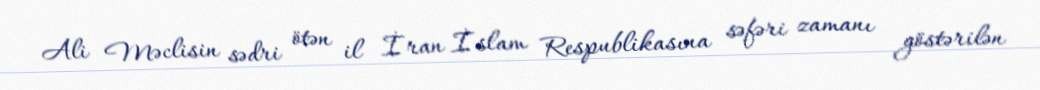
Ali Məclisin sədri ötən il İran İslam Respublikasına səfəri zamanı göstərilən